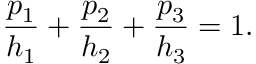
{ \frac { p _ { 1 } } { h _ { 1 } } } + { \frac { p _ { 2 } } { h _ { 2 } } } + { \frac { p _ { 3 } } { h _ { 3 } } } = 1 .